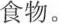
食物。